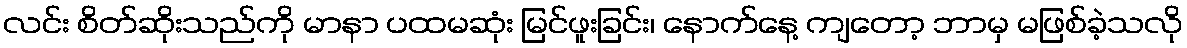
လင်း စိတ်ဆိုးသည်ကို မာနာ ပထမဆုံး မြင်ဖူးခြင်း၊ နောက်နေ့ ကျတော့ ဘာမှ မဖြစ်ခဲ့သလို